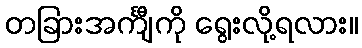
တခြားအင်္ကျီကို ရွေးလို့ရလား။